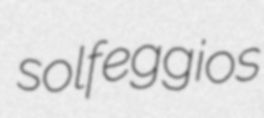
solfeggios